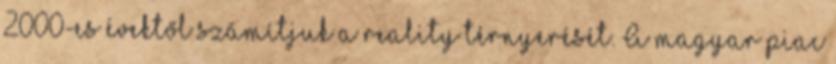
2000-es évektől számítjuk a reality térnyerését. A magyar piac